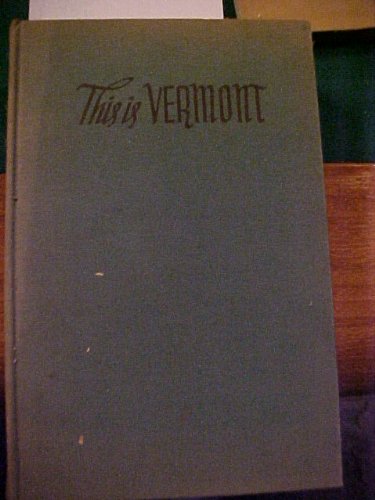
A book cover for This is Vermont; Margaret HARD; Travel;